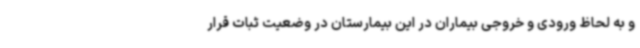
و به لحاظ ورودی و خروجی بیماران در این بیمارستان در وضعیت ثبات قرار